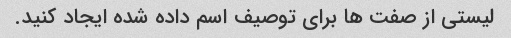
لیستی از صفت ها برای توصیف اسم داده شده ایجاد کنید.